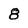
Character: 8